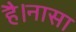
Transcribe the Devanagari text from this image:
है।नासा